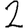
Digit: 2